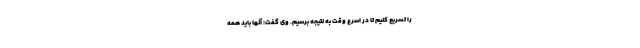
را تسریع کنیم تا در اسرع وقت به نتیجه برسیم. وی گفت: آنها باید همه